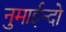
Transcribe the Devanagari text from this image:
नुमाईन्दो